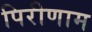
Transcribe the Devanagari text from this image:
पिरीणाम